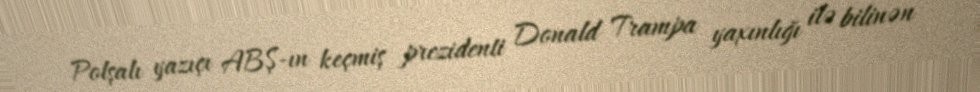
Polşalı yazıçı ABŞ-ın keçmiş prezidenti Donald Trampa yaxınlığı ilə bilinən